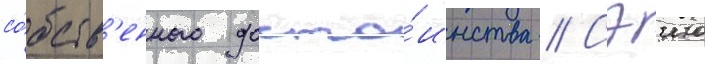
со́бств'енного досто́инства // Сэию